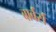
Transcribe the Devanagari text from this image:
बार्बर्स